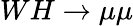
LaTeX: WH\to\mu\mu